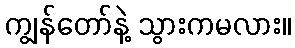
ကျွန်တော်နဲ့ သွားကမလား။